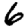
Digit: 6